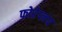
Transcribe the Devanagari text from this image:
फोरेप्लय